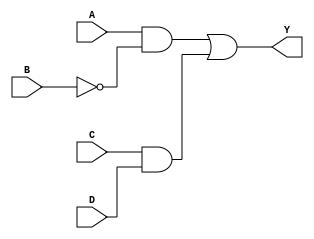
module combinational_logic (
    input wire A,     // Input A
    input wire B,     // Input B
    input wire C,     // Input C
    input wire D,     // Input D
    output wire Y     // Output Y
);

// Intermediate signals for the minimized expression
wire not_B;        // NOT B
wire term1;       // A AND NOT B
wire term2;       // C AND D

// Logic implementation
assign not_B = ~B;                // NOT gate for B
assign term1 = A & not_B;         // A AND NOT B
assign term2 = C & D;             // C AND D
assign Y = term1 | term2;         // OR between the terms

endmodule